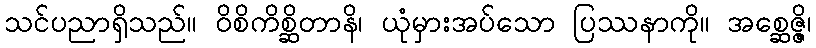
သင်ပညာရှိသည်။ ဝိစိကိစ္ဆိတာနိ၊ ယုံမှားအပ်သော ပြဿနာကို။ အစ္ဆေဇ္ဇိ၊